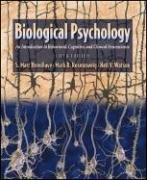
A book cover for Biological Psychology: An Introduction to Behavioral, Cognitive, and Clinical Neuroscience, Fifth Edition; S. Marc Breedlove; Medical Books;